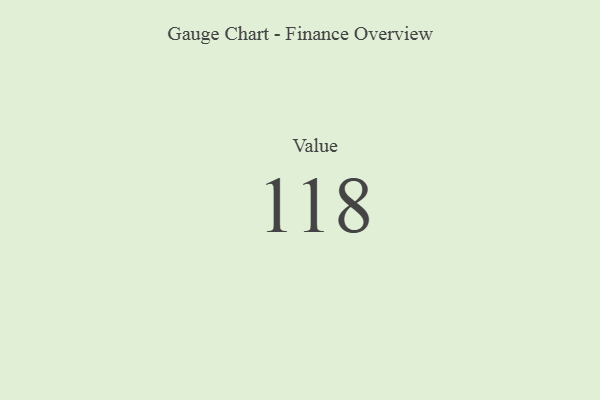
{"axis": {"x": "Metric", "y": "Value"}, "legend": [""], "data": [{"x": "Value", "y": 118, "type": ""}]}